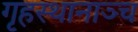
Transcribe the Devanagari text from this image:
गृहस्थानाञ्च